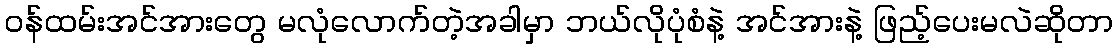
ဝန်ထမ်းအင်အားတွေ မလုံလောက်တဲ့အခါမှာ ဘယ်လိုပုံစံနဲ့ အင်အားနဲ့ ဖြည့်ပေးမလဲဆိုတာ